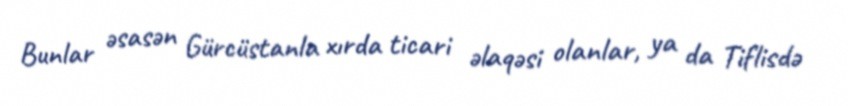
Bunlar əsasən Gürcüstanla xırda ticari əlaqəsi olanlar, ya da Tiflisdə